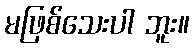
မဖြစ်သေးပါ ဘူး။